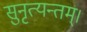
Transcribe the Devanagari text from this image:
सुनृत्यन्तम्‌।